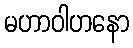
မဟာဝါဟနော